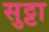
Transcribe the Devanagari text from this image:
सुट्टा